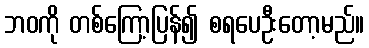
ဘဝကို တစ်ကြော့ပြန်၍ စရပေဦးတော့မည်။